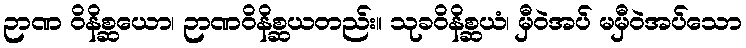
ဉာဏ ဝိနိစ္ဆယော၊ ဉာဏဝိနိစ္ဆယတည်း။ သုခဝိနိစ္ဆယံ၊ မှီဝဲအပ် မမှီဝဲအပ်သော